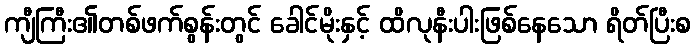
ကျီကြီး၏တစ်ဖက်စွန်းတွင် ခေါင်မိုးနှင့် ထိလုနီးပါးဖြစ်နေသော ရိတ်ပြီးစ